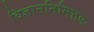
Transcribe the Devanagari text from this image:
विज्ञाननिमित्तक